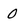
Character: 0